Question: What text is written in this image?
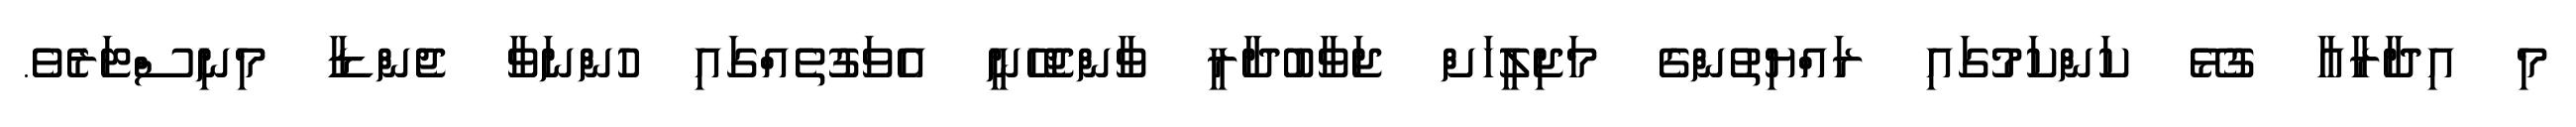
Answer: މި އިދާރާއާ ގުޅޭ ކަންކަމުގައި ރައްޔިތުންގެ މަޖިލީހަށް ޖަވާބުދާރީ ވާންޖެހޭނީ އެވަގުތެއްގައި ހުންނަވާ ޖެންޑާ މިނިސްޓަރެވެ.